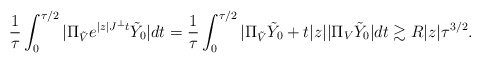
\begin{align*} \frac{1}{\tau}\int_0^{\tau/2}|\Pi_{\tilde{V}} e^{|z| J^\perp t}\tilde{Y}_0|dt = \frac{1}{\tau}\int_0^{\tau/2} |\Pi_{\tilde{V}} \tilde{Y}_0 + t|z| |\Pi_V \tilde{Y}_0| dt \gtrsim R |z|\tau^{3/2}.\end{align*}